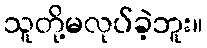
သူတို့မလုပ်ခဲ့ဘူး။